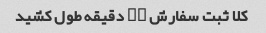
کلا ثبت سفارش ۲۰ دقیقه طول کشید